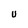
Character: U